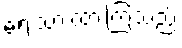
ရေးသားထားကြသည်